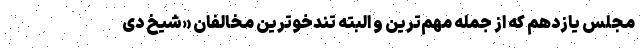
مجلس یازدهم که از جمله مهم‌ترین و البته تندخوترین مخالفان «شیخ دی